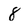
Character: 8